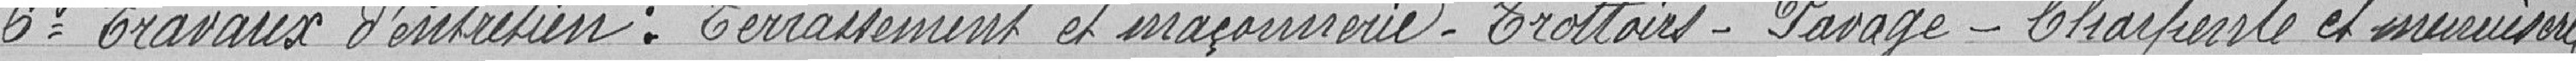
6 Travaux d'entretien : Terrassement et maçonnerie - Trottoirs - Pavage - Charpente et menuiserie